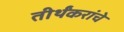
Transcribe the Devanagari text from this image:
तीर्थंकरांचे